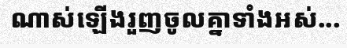
ណាស់ឡើងរួញចូលគ្នាទាំងអស់...